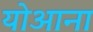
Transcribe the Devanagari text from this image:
योआना